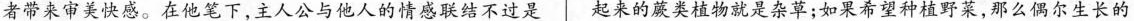
者带来审美快感。在他笔下，主人公与他人的情感结不过是 起来的蕨类植物就是杂草；如果希望种植野菜，那么偶尔生长的